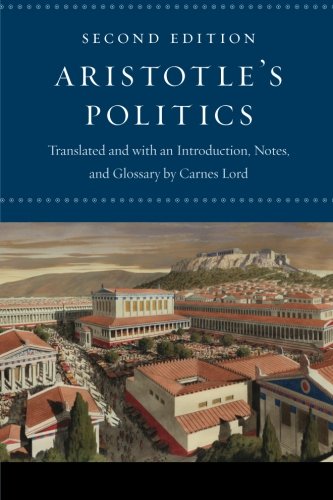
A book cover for Aristotle's "Politics": Second Edition; Aristotle; Politics & Social Sciences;